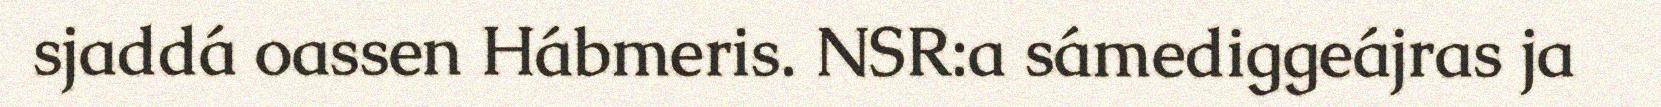
sjaddá oassen Hábmeris. NSR:a sámediggeájras ja